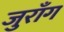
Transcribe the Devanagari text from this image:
जुराँग